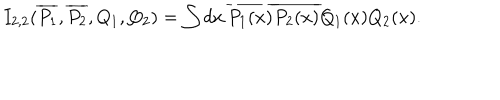
I _ { 2 , 2 } ( \overline { { { P _ { 1 } } } } , \overline { { { P _ { 2 } } } } , Q _ { 1 } , Q _ { 2 } ) = \int d x \, \overline { { { P _ { 1 } ( x ) } } } \overline { { { P _ { 2 } ( x ) } } } Q _ { 1 } ( x ) Q _ { 2 } ( x ) .